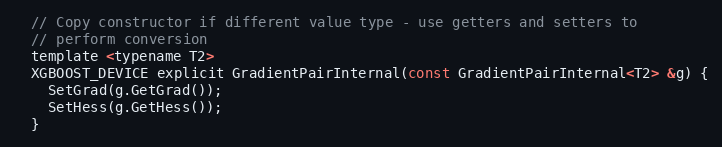
Language: C
  // Copy constructor if different value type - use getters and setters to
  // perform conversion
  template <typename T2>
  XGBOOST_DEVICE explicit GradientPairInternal(const GradientPairInternal<T2> &g) {
    SetGrad(g.GetGrad());
    SetHess(g.GetHess());
  }